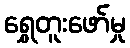
ရွှေတူးဖော်မှု